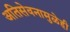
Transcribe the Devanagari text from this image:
अतिसेवनामुळेही